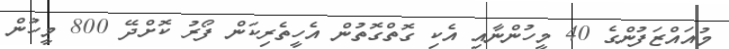
މުއައްޒަފުންގެ 40 މީހުންނާއި އެކި ގޮތްގޮތުން އެހީތެރިކަން ފޯރު ކޮށްދޭ 800 މީހުން